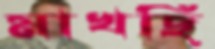
মাখছি